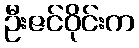
ဦးဇင်ဝိုင်းက